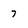
Character: 7